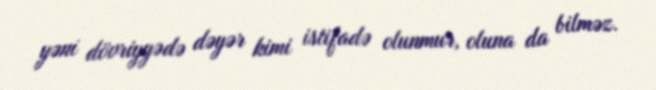
yəni dövriyyədə dəyər kimi istifadə olunmur, oluna da bilməz.